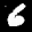
Label: 6